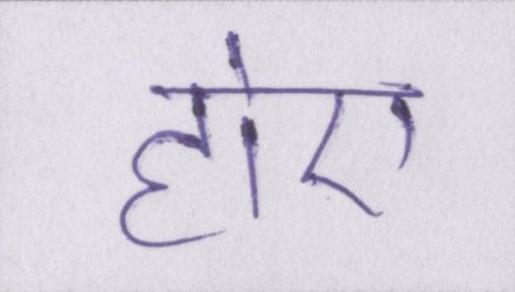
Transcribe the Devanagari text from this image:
होए